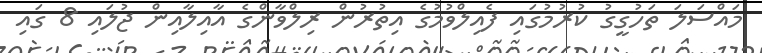
މައްސަލަ ތަހުގީގު ކުރުމުގައި ފެއިލްވުމުގެ އިތުރުން ރިލްވާންގެ އާއިލާއިން ޖުލައި 8 ގައި